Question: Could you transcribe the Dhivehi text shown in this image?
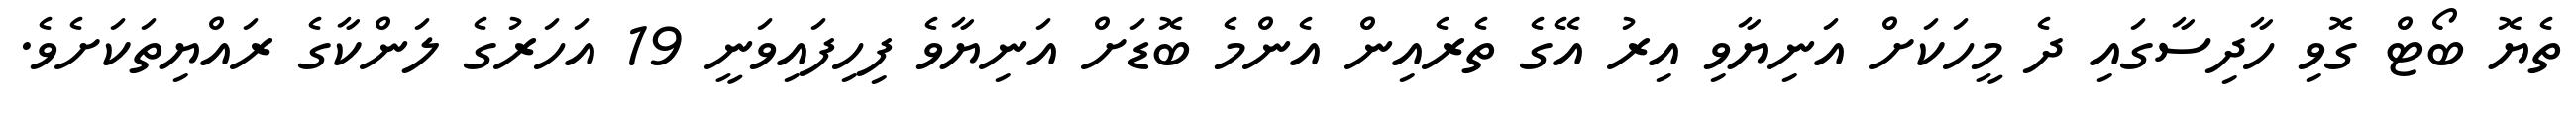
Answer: ތެޔޮ ބޯޓް ގޮވި ހާދިސާގައި ދެ މީހަކަށް އަނިޔާވި އިރު އޭގެ ތެރެއިން އެންމެ ބޮޑަށް އަނިޔާވެ ފިހިފައިވަނީ 19 އަހަރުގެ ލަންކާގެ ރައްޔިތަކަށެވެ.